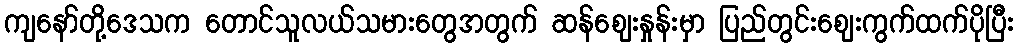
ကျနော်တို့ဒေသက တောင်သူလယ်သမားတွေအတွက် ဆန်ဈေးနှုန်းမှာ ပြည်တွင်းဈေးကွက်ထက်ပိုပြီး